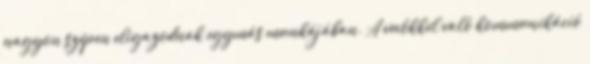
nagyon szépen eligazodnak egymás munkájában. A vevőkkel való kommunikáció